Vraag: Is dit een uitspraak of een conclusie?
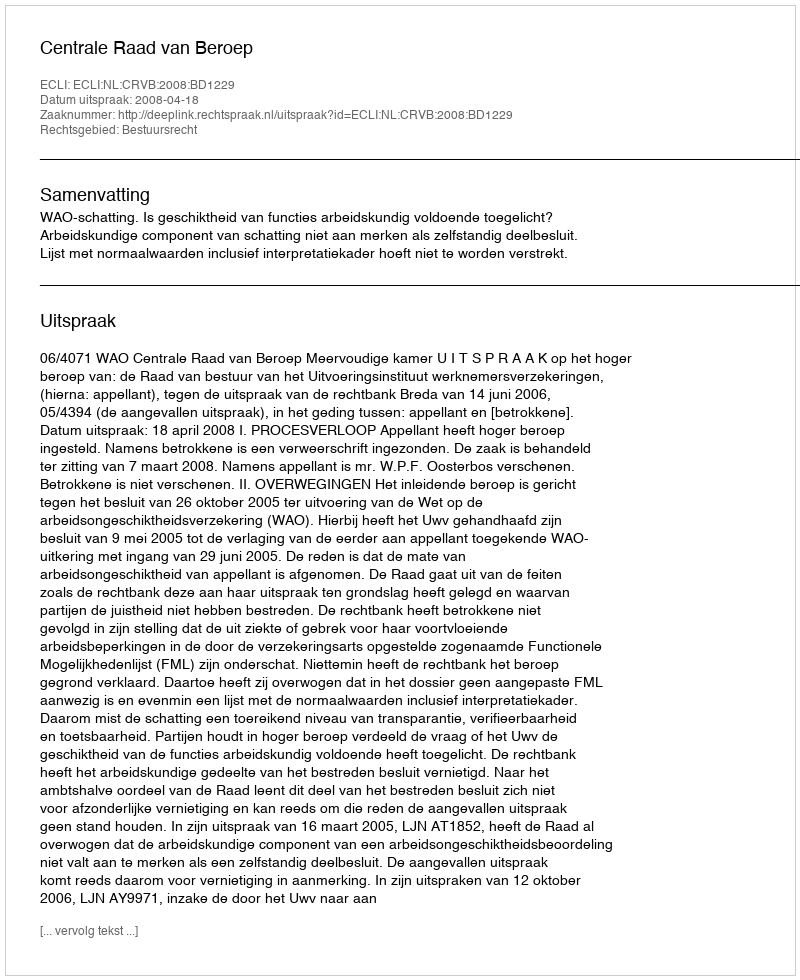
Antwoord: Uitspraak